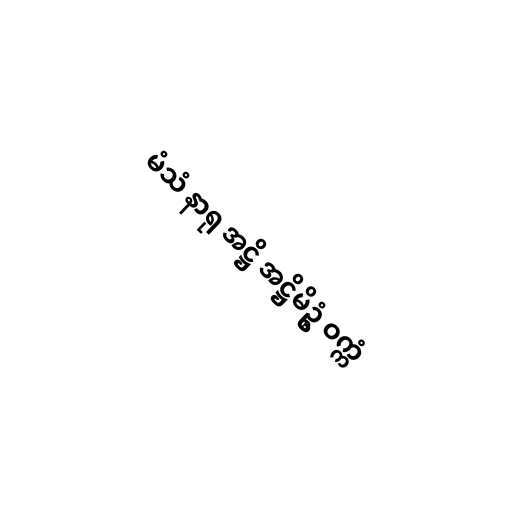
မံသံ နာရု အဋ္ဌိ အဋ္ဌိမိဥ္စံ ဝက္ကံ